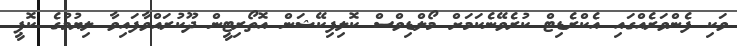
ވަކި ފެންވަރެއްގައި އެކްރެޑިޓް ކުރެވޭނެކަމަށް މޯލްޑިވްސް ކޮލިފިކޭޝަން އޮތޯރިޓީން ދޫކުރައްވާފައިވާ ލިޔުމުގެ ކޮޕީ